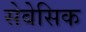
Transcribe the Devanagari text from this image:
सेबेसिक